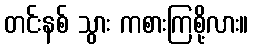
တင်းနစ် သွား ကစားကြစို့လား။